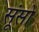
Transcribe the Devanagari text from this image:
सूंसो